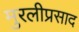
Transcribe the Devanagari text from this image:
मुरलीप्रसाद